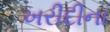
ખરીદીના